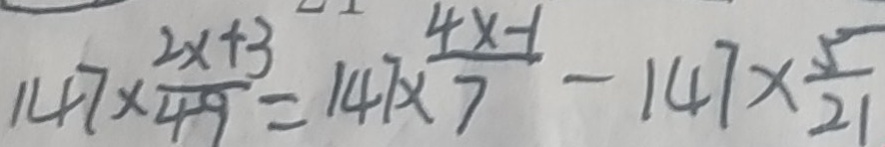
1 4 7 \times \frac { 2 x + 3 } { 4 9 } = 1 4 7 \times \frac { 4 x - 1 } { 7 } - 1 4 7 \times \frac { 5 } { 2 1 }